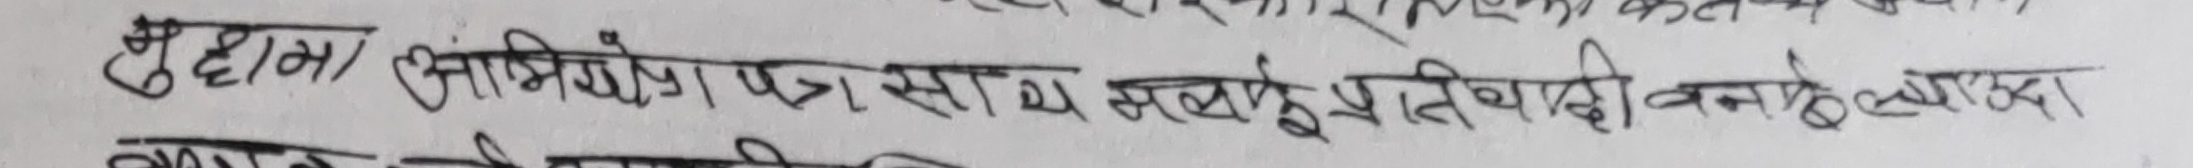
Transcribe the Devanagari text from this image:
मुद्दाम / अभियोग पत्र साथ सबै प्रतिवादी बनाइएका